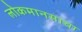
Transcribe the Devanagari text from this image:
लोकमानसाचा